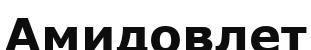
Амидовлет